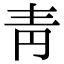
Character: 青